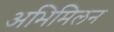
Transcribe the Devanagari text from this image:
अभिमिलन